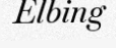
Elbing